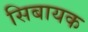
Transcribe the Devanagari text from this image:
सिबायक